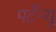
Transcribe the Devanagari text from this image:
पर्टेन्यू